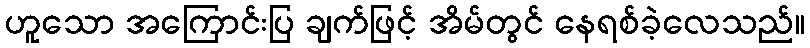
ဟူသော အကြောင်းပြ ချက်ဖြင့် အိမ်တွင် နေရစ်ခဲ့လေသည်။